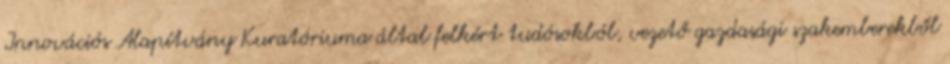
Innovációs Alapítvány Kuratóriuma által felkért tudósokból, vezető gazdasági szakemberekből